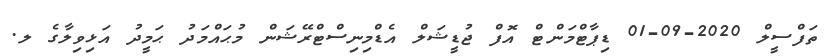
ތަފްސީލް 2020-09-01 ޑިޕާޓްމަންޓް އޮފް ޖުޑީޝަލް އެޑްމިނިސްޓްރޭޝަން މުޙައްމަދު ޙަމީދު އަޅިވިލާގެ ލ.